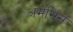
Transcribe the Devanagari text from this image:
अमेसिस